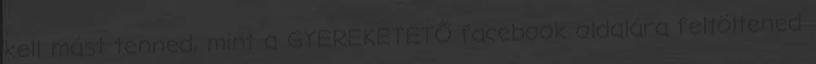
kell mást tenned, mint a GYEREKETETŐ facebook oldalára feltöltened